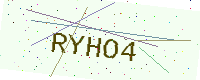
Text: RYHO4